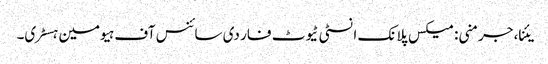
یئنا، جرمنی: میکس پلانک انسٹی ٹیوٹ فار دی سائنس آف ہیومین ہسٹری۔